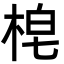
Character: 梍